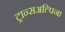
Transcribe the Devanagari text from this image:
ट्रान्सअल्पिना